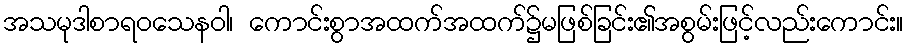
အသမုဒါစာရဝသေနဝါ၊ ကောင်းစွာအထက်အထက်၌မဖြစ်ခြင်း၏အစွမ်းဖြင့်လည်းကောင်း။